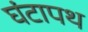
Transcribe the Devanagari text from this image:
घंटापथ